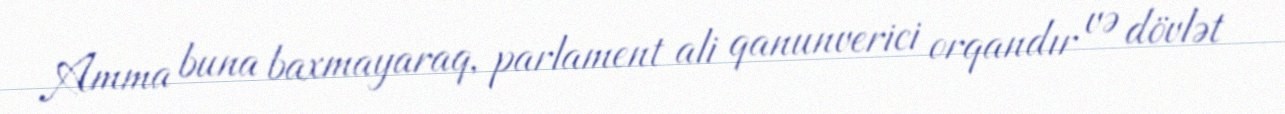
Amma buna baxmayaraq, parlament ali qanunverici orqandır və dövlət